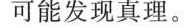
可能发现真理。